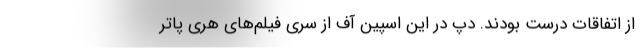
از اتفاقات درست بودند. دپ در این اسپین آف از سری فیلم‌های هری پاتر